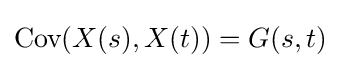
{\text{Cov}}(X(s),X(t))=G(s,t)